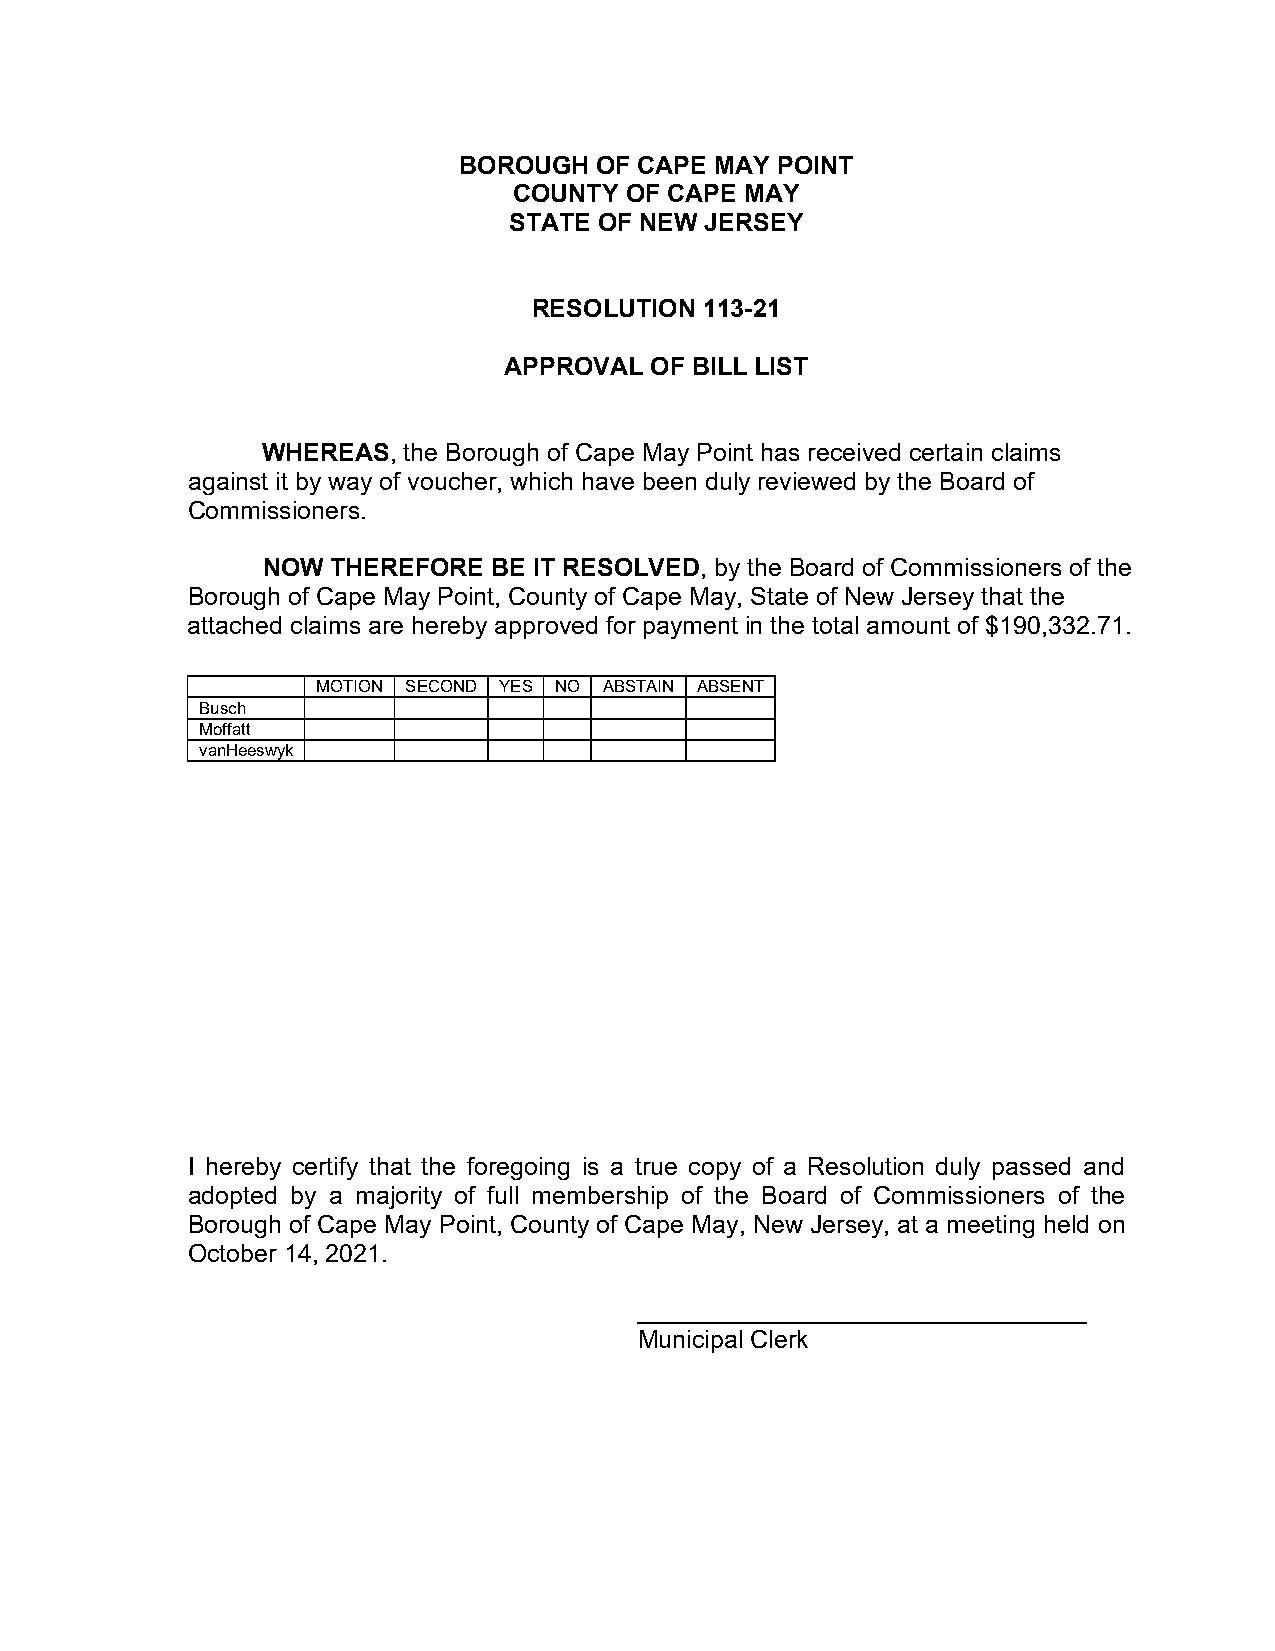
BOROUGH  OF CAPE MAY POINT
 COUNTY OF CAPE MAY
 STATE OF NEW JERSEY
 RESOLUTION  113-21
 APPROVAL  OF BILL LIST
 WHEREAS,  the Borough of Cape May Point has received certain claims
 against it by way of voucher, which have been duly reviewed by the Board of
 Commissioners.
 NOW  THEREFORE  BE IT RESOLVED, by the Board of Commissioners of the
 Borough of Cape May Point, County of Cape May, State of New Jersey that the
 attached claims are hereby approved for payment in the total amount of $190,332.71.
 MOTION SECOND YE S NO ABSTAIN ABSENT
 Busch
 Moffatt
 vanHeeswyk
 I hereby certify that the foregoing is a true copy of a Resolution duly passed and
 adopted by a majority of full membership of the Board of Commissioners of the
 Borough of Cape May Point, County of Cape May, New Jersey, at a meeting held on
 October 14, 2021.
 Municipal Clerk